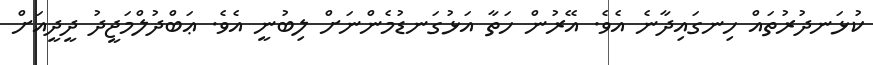
ކުޅަނދުރުތައް ހިނގައިދާނެ އެވެ. އޭރުން ހަތާ އަޅުގަނޑުމެންނަށް ލިބުނީ އެވެ. ޢަބްދުލްމަޖީދު ދީދީއަށް